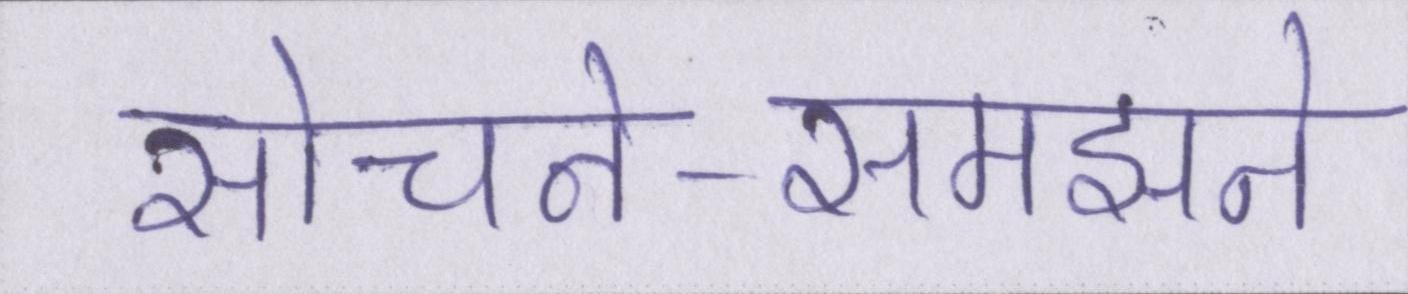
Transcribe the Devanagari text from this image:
सोचने-समझने